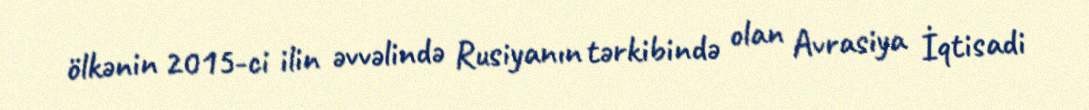
ölkənin 2015-ci ilin əvvəlində Rusiyanın tərkibində olan Avrasiya İqtisadi